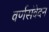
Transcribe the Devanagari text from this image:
वर्णसंवेदन